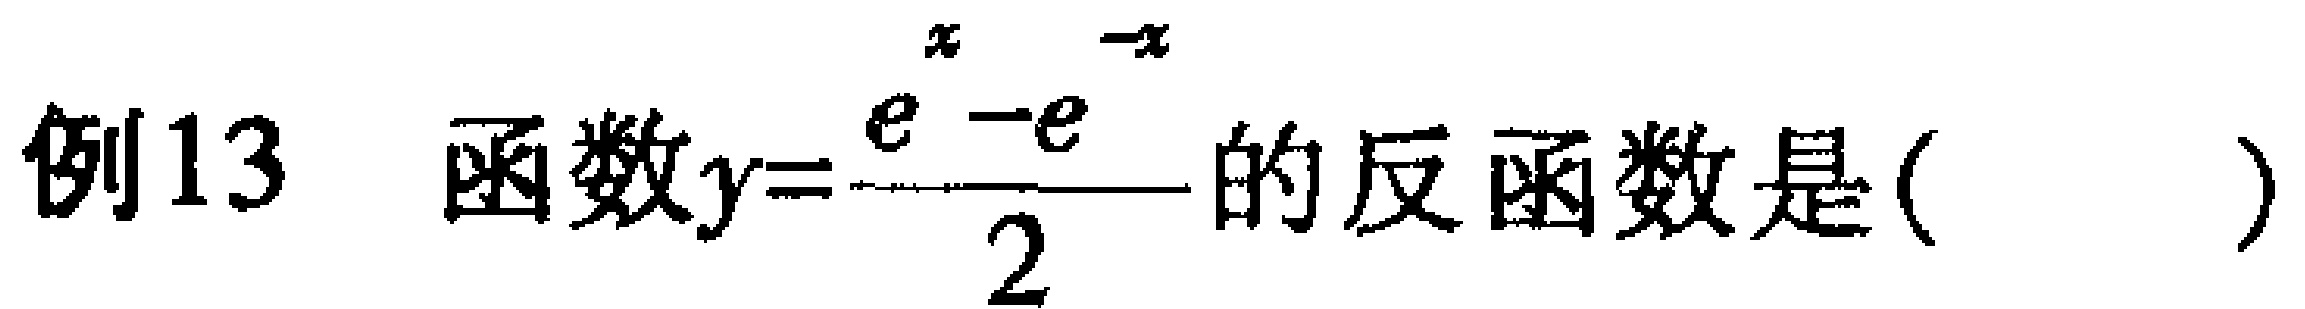
例13 函数\(y = \frac{e^{x}-e^{-x}}{2}\)的反函数是( )